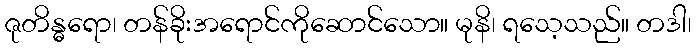
ဇုတိန္ဓရော၊ တန်ခိုးအရောင်ကိုဆောင်သော။ မုနိ၊ ရသေ့သည်။ တဒါ၊